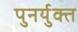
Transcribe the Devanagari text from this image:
पुनर्युक्त